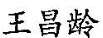
王昌龄